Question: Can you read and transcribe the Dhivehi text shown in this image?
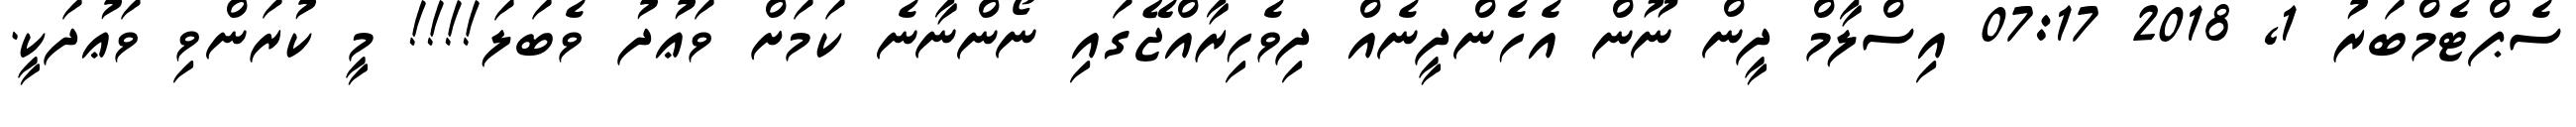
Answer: ސެޕްޓެމްބަރު 1, 2018 07:17 އިސްލާމް ދީން ނޫން އެހެންދީނެއް ދިވެހިރާއްޖޭގައި ނޯންނާނެ ކަމަށް ވަޢުދު ވެބަލަ!!!! މީ ކުރަންވި ވަޢުދަކީ.